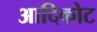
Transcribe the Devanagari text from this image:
आदिकोट